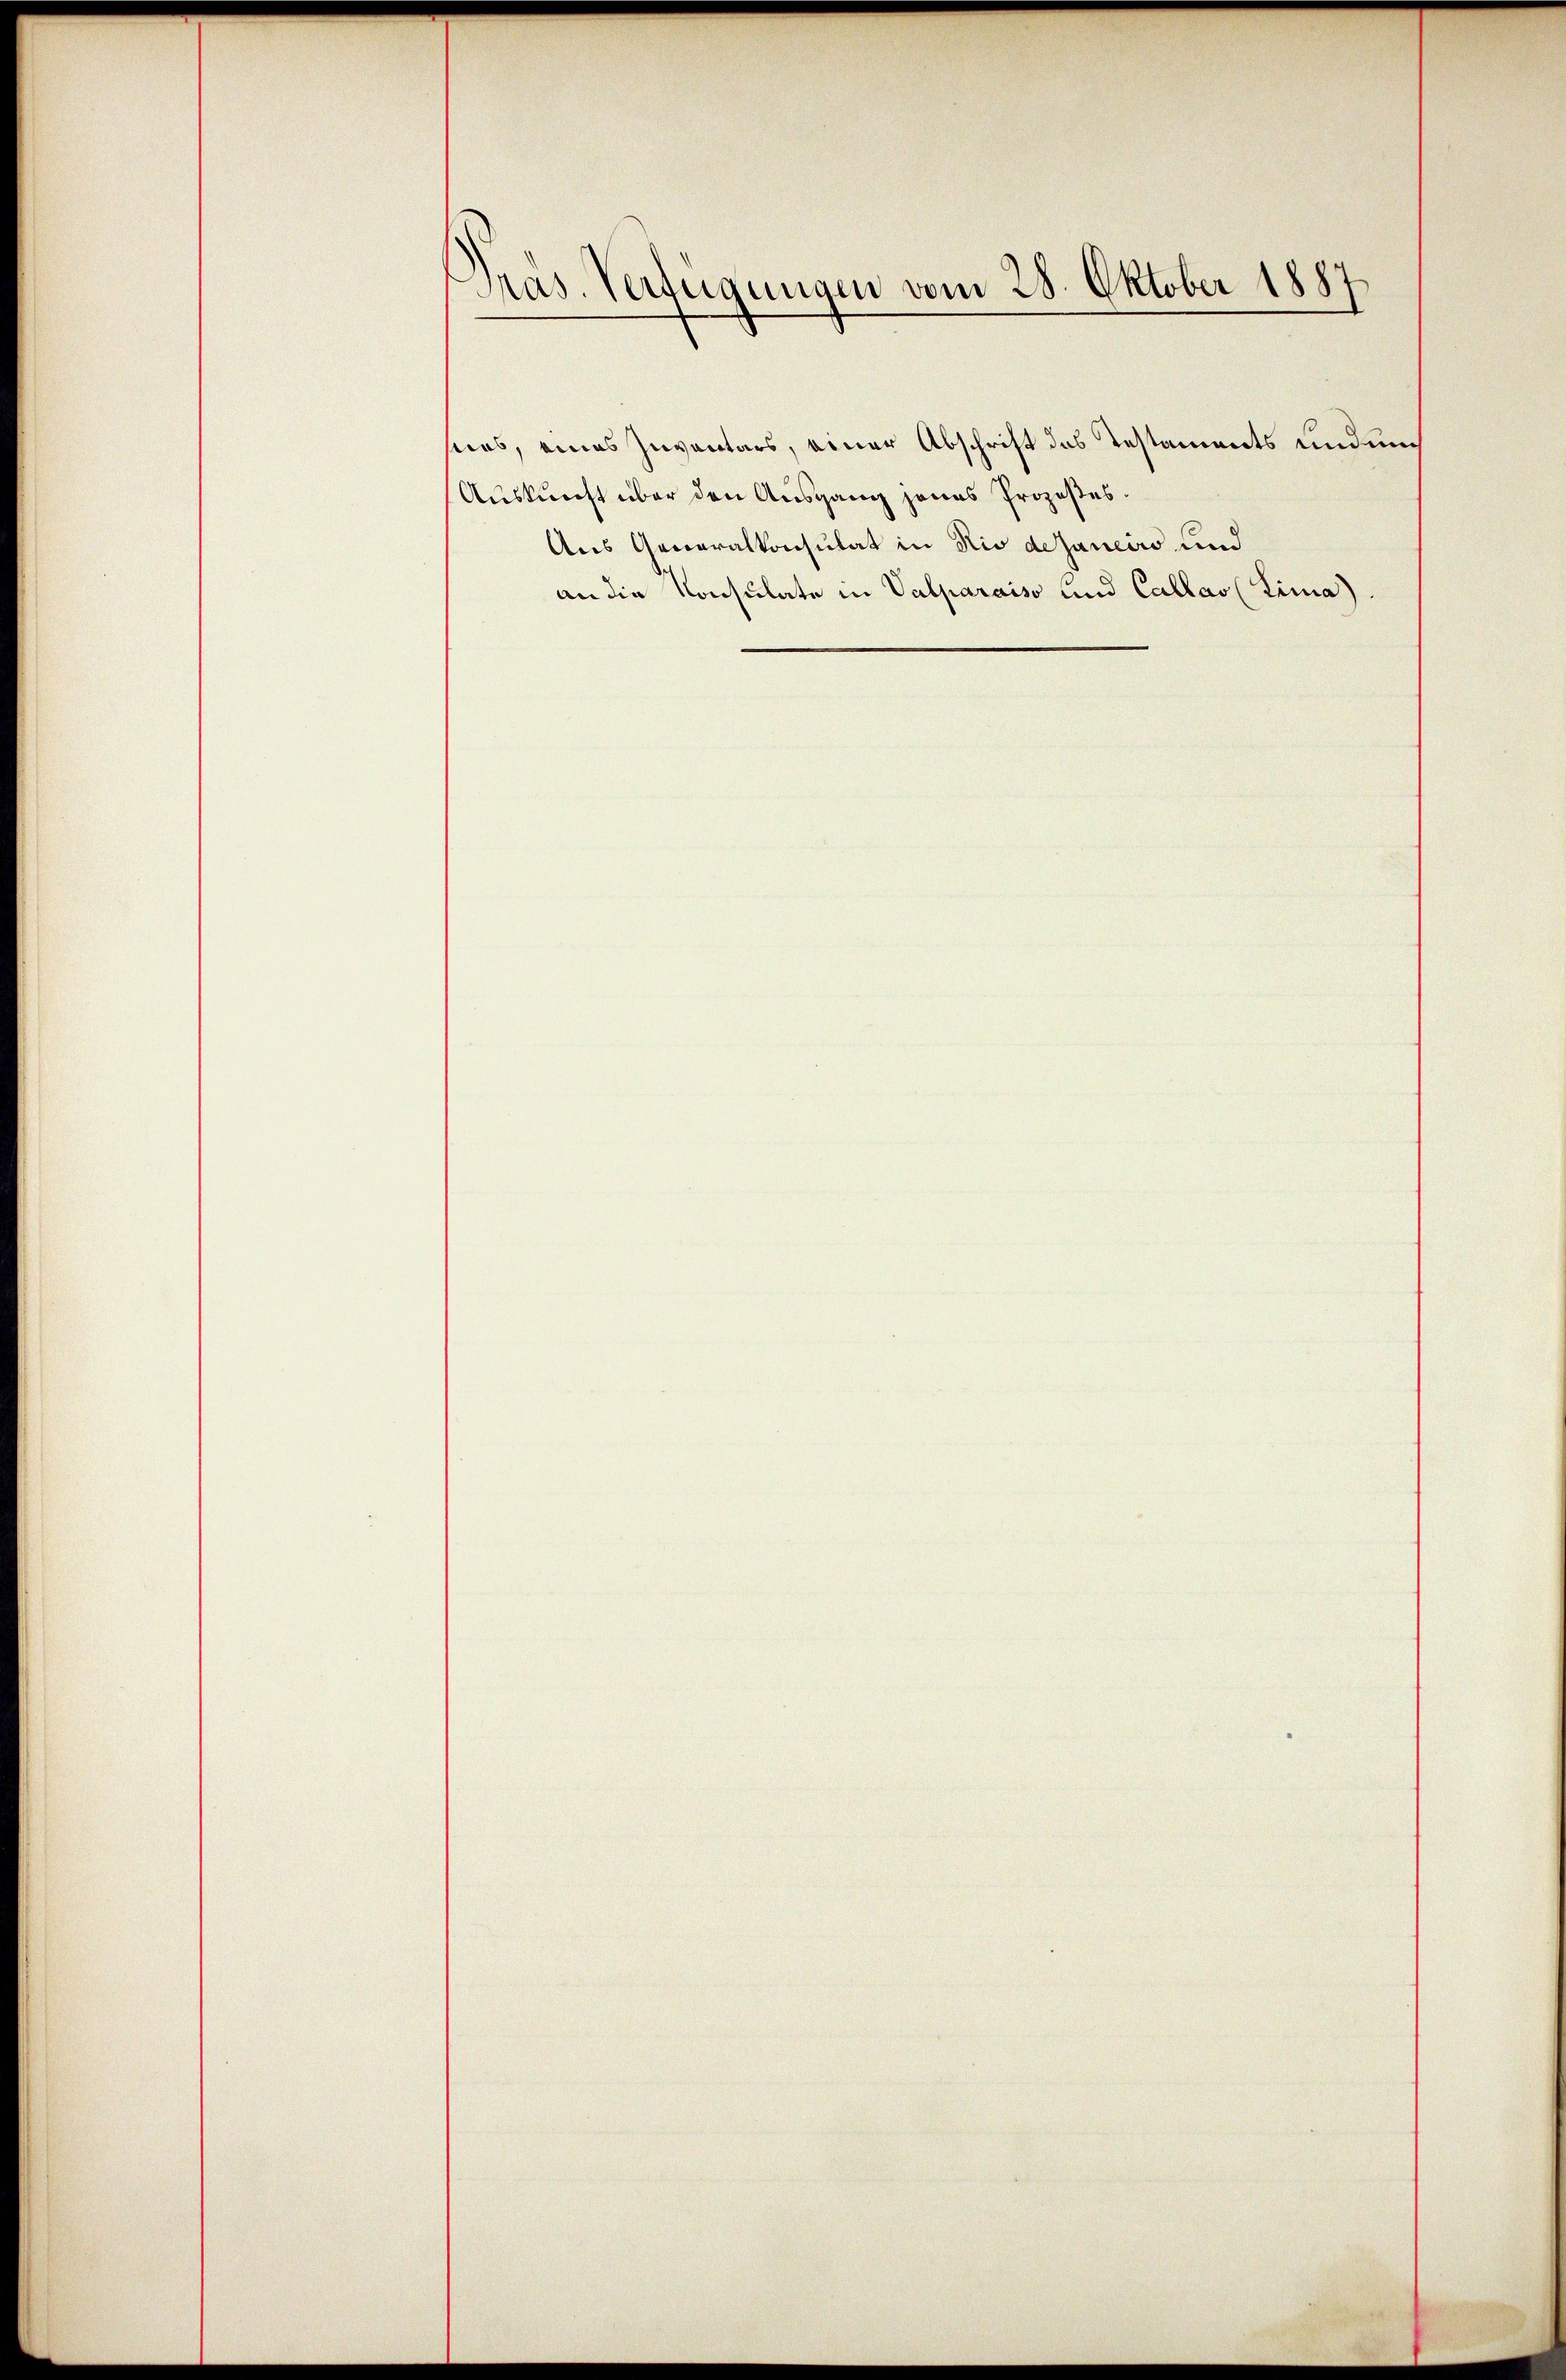
Pras. Verfügungen vom 28. Oktober 1887

sias, eines Inventars, einer Abschrift das Testaments Kindem
Auskunft über den Ausgang jenes Prozeßes¬
Aus Generalkonsulat in Rio dejaneiro und
an die Konsulate in Valparaiso und Callas (Lima).